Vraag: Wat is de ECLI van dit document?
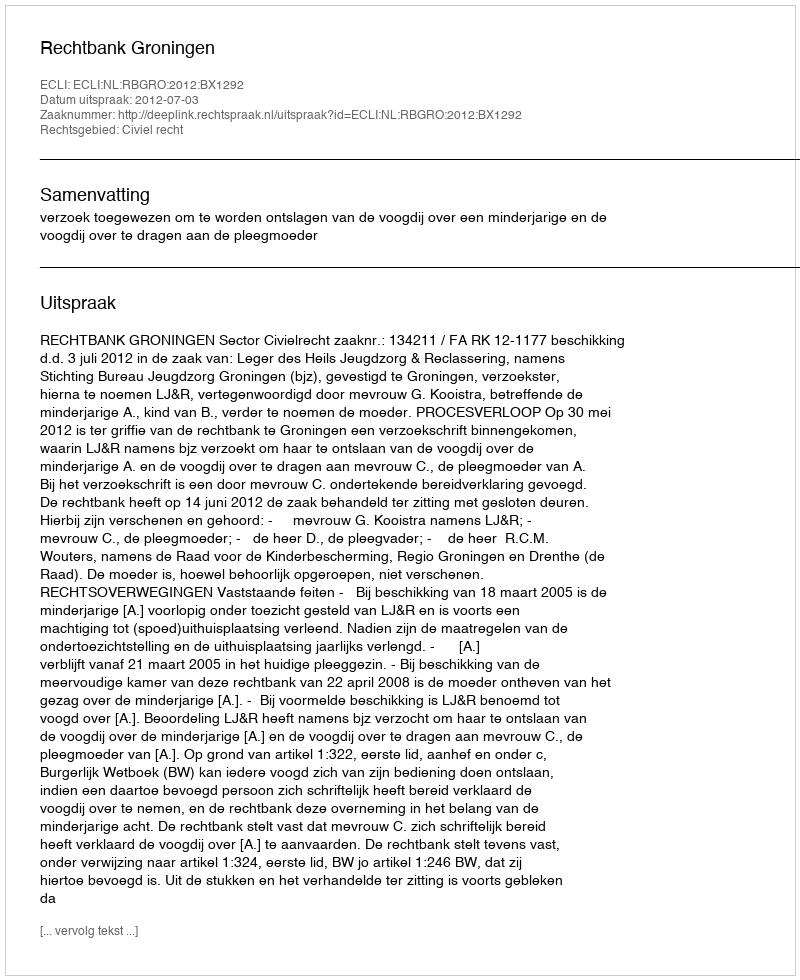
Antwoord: ECLI:NL:RBGRO:2012:BX1292